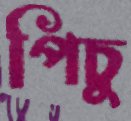
পিচু